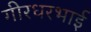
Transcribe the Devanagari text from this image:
गीरधरभाई